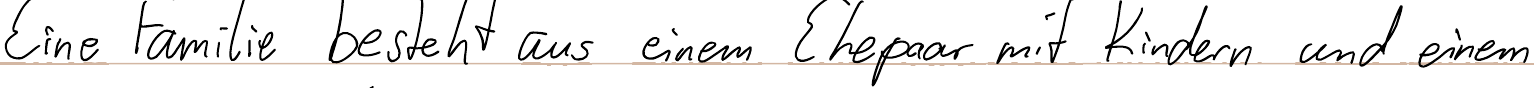
Eine Familie besteht aus einem Ehepaar mit Kindern und einem